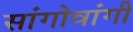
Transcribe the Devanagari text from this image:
सांगोवांगी